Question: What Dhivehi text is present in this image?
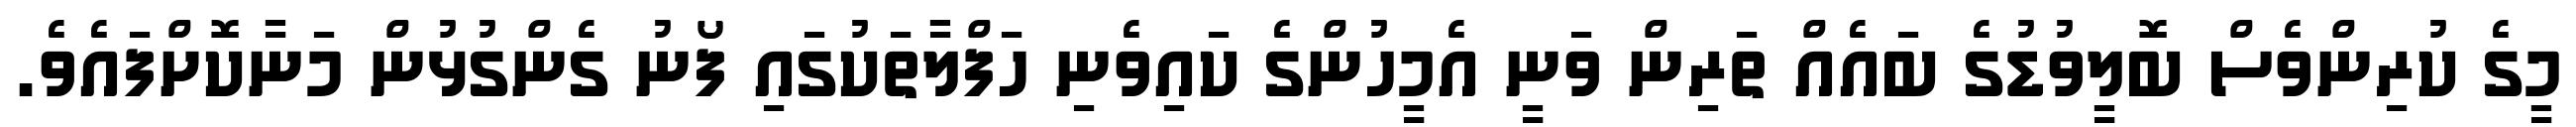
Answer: މީގެ ކުރިންވެސް ބޮލީވުޑުގެ ބައެއް ތަރިން ވަނީ އެމީހުންގެ ކައިވެނި ހަފްލާތަކުގައި ފޯނު ގެންގުޅުން މަނާކޮށްފައެވެ.